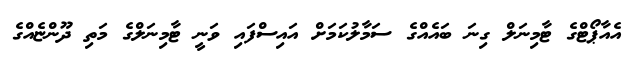
އެއާޕޯޓްގެ ޓާމިނަލް ގިނަ ބައެއްގެ ސަމާލުކަމަށް އައިސްފައި ވަނީ ޓާމިނަލްގެ މަތި ދޫންޏެއްގެ